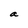
Character: a